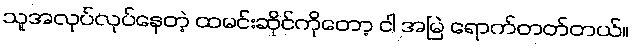
သူအလုပ်လုပ်နေတဲ့ ထမင်းဆိုင်ကိုတော့ ငါ အမြဲ ရောက်တတ်တယ်။